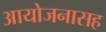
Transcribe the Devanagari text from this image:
आयोजनासह